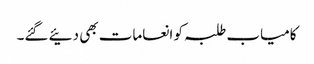
کامیاب طلبہ کو انعامات بھی دئیے گئے۔